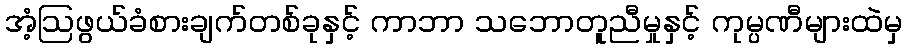
အံ့ဩဖွယ်ခံစားချက်တစ်ခုနှင့် ကာဘာ သဘောတူညီမှုနှင့် ကုမ္ပဏီများထဲမှ